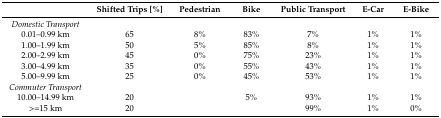
|  | Shifted Trips [%] | Pedestrian | Bike | Public Transport | E-Car | E-Bike |
 | --- | --- | --- | --- | --- | --- | --- |
 | Domestic Transport |  |  |  |  |  |  |
 | 0.01–0.99 km | 65 | 8% | 83% | 7% | 1% | 1% |
 | 1.00–1.99 km | 50 | 5% | 85% | 8% | 1% | 1% |
 | 2.00–2.99 km | 45 | 0% | 75% | 23% | 1% | 1% |
 | 3.00–4.99 km | 35 | 0% | 55% | 43% | 1% | 1% |
 | 5.00–9.99 km | 25 | 0% | 45% | 53% | 1% | 1% |
 | Commuter Transport |  |  |  |  |  |  |
 | 10.00–14.99 km | 20 |  | 5% | 93% | 1% | 1% |
 | >=15 km | 20 |  |  | 99% | 1% | 0% |